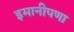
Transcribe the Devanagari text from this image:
इमानीपणा